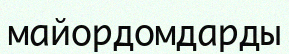
майордомдарды